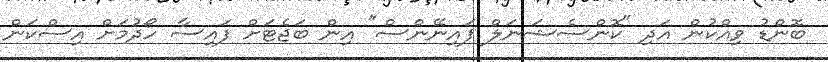
ބޮންޑު ވިއްކުން އަދި "ކޮންސެޝަނަލް ފައިނޭންސް" އިން ބަޖެޓަށް ފައިސާ ހޯދުމަށް އިސްކަން